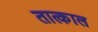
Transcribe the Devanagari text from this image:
तात्काल